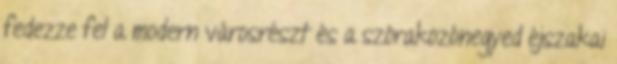
fedezze fel a modern városrészt és a szórakozónegyed éjszakai